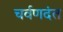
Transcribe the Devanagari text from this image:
चर्वणदंत